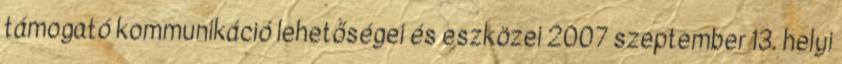
támogató kommunikáció lehetőségei és eszközei 2007 szeptember 13. helyi